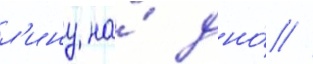
л'ину на́ дно́ //